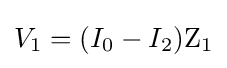
V_{1}=(I_{0}-I_{2})\mathrm {Z_{1}}